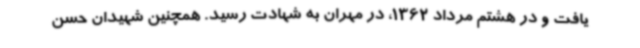
یافت و در هشتم مرداد 1362، در مهران به شهادت رسید. همچنین شهیدان حسن